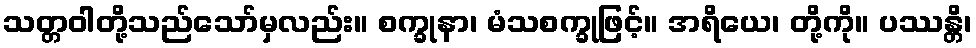
သတ္တဝါတို့သည်သော်မှလည်း။ စက္ခုနာ၊ မံသစက္ခုဖြင့်။ အရိယေ၊ တို့ကို။ ပဿန္တိ၊